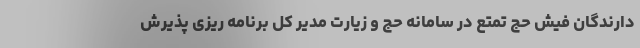
دارندگان فیش حج تمتع در سامانه حج و زیارت مدیر کل برنامه ریزی پذیرش